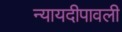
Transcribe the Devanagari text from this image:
न्यायदीपावली